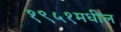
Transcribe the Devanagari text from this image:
१९५१मधील